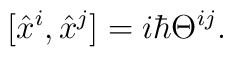
[\hat x^{i},\hat x^{j}]=i\hbar \Theta^{ij}.